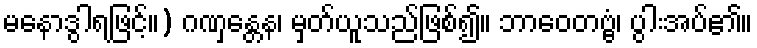
မနောဒွါရဖြင့်။) ဂဏှန္တေန၊ မှတ်ယူသည်ဖြစ်၍။ ဘာဝေတဗ္ဗံ၊ ပွါးအပ်၏။